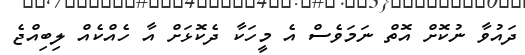
ދައުވާ ނުކޮށް އޮތް ނަމަވެސް އެ މީހަކާ ދެކޮޅަށް އާ ހެއްކެއް ލިބިއްޖެ